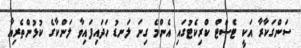
ސަންގަކާރާ އަކީ ޓެސްޓް ކްރިކެޓުގައި އެންމެ ގިނަ ލަނޑު ހަދައިފައިވާ ލަންކާގެ ކުޅުންތެރިއާ